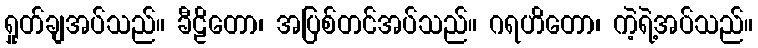
ရှုတ်ချအပ်သည်။ ခီဠိတော၊ အပြစ်တင်အပ်သည်။ ဂရဟိတော၊ ကဲ့ရဲ့အပ်သည်။